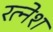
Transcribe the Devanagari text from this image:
रत्‍नेश